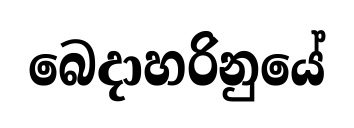
බෙදාහරිනුයේ